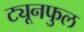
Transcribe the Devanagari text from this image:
ट्यूनफुल